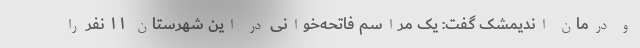
و درمان اندیمشک گفت: یک مراسم فاتحه‌خوانی در این شهرستان ۱۱ نفر را